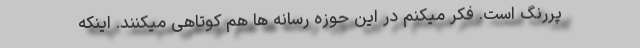
پررنگ است. فکر میکنم در این حوزه رسانه ها هم کوتاهی میکنند. اینکه